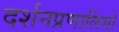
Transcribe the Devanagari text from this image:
दर्शनप्रणालियों